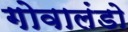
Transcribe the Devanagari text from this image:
गोवालंडो